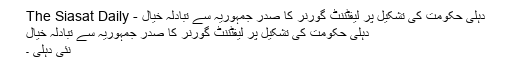
دہلی حکومت کی تشکیل پر لیفٹننٹ گورنر کا صدر جمہوریہ سے تبادلہ خیال - The Siasat Daily
دہلی حکومت کی تشکیل پر لیفٹننٹ گورنر کا صدر جمہوریہ سے تبادلہ خیال
نئی دہلی ۔